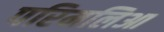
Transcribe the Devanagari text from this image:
परिमलिआ